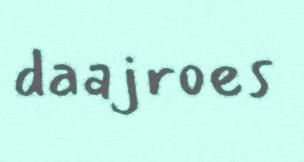
daajroes